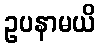
ဥပနာမယိ